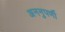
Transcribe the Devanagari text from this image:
अननुपर्णी